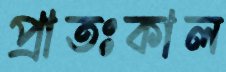
প্রাতঃকাল